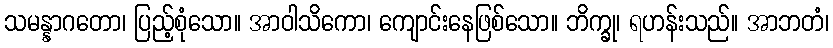
သမန္နာဂတော၊ ပြည့်စုံသော။ အာဝါသိကော၊ ကျောင်းနေဖြစ်သော။ ဘိက္ခု၊ ရဟန်းသည်။ အာဘတံ၊